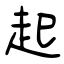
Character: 起